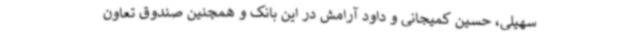
سهیلی، حسین کمیجانی و داود آرامش در این بانک و همچنین صندوق تعاون